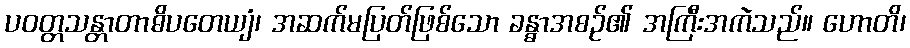
ပဝတ္တသန္တာတာဓိပတေယျံ၊ အဆက်မပြတ်ဖြစ်သော ခန္ဓာအစဉ်၏ အကြီးအကဲသည်။ ဟောတိ၊